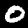
Label: 0